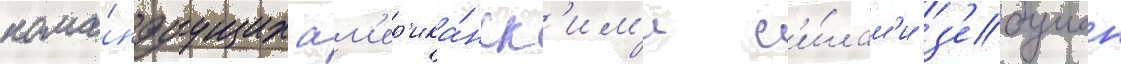
кома́ндуущих ам'ер'ика́нск'им'и с'и́лам'и з'ебулон